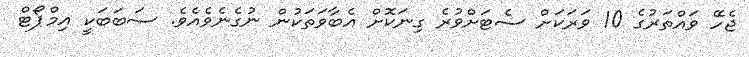
ޖެހޭ ވައްތަރުގެ 10 ވަރަކަށް ސެޓަށްވުރެ ގިނަކޮށް އެބާވަތަކުން ނުގެނެވެއެވެ. ސަބަބަކީ އިމްޕޯޓް